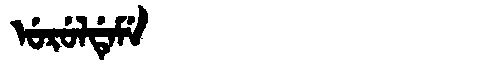
Manchu: ᡠᡵᡠᠯᡩᡝᠮᡝ
Romanization: URULDEME